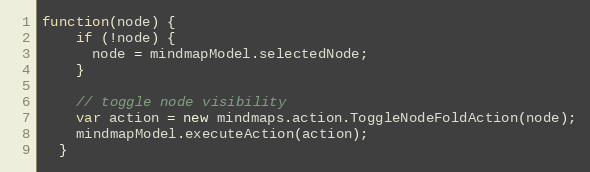
Language: JavaScript
function(node) {
    if (!node) {
      node = mindmapModel.selectedNode;
    }

    // toggle node visibility
    var action = new mindmaps.action.ToggleNodeFoldAction(node);
    mindmapModel.executeAction(action);
  }